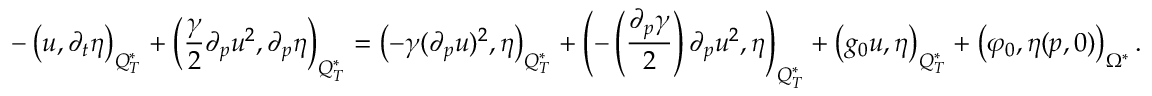
- \left( u , \partial _ { t } \eta \right) _ { Q _ { T } ^ { * } } + \left( \frac { \gamma } { 2 } \partial _ { p } u ^ { 2 } , \partial _ { p } \eta \right) _ { Q _ { T } ^ { * } } = \left( - \gamma ( \partial _ { p } u ) ^ { 2 } , \eta \right) _ { Q _ { T } ^ { * } } + \left( - \left( \frac { \partial _ { p } \gamma } { 2 } \right) \partial _ { p } u ^ { 2 } , \eta \right) _ { Q _ { T } ^ { * } } + \left( g _ { 0 } u , \eta \right) _ { Q _ { T } ^ { * } } + \left( \varphi _ { 0 } , \eta ( p , 0 ) \right) _ { \Omega ^ { * } } .